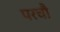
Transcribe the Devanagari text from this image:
परचौ